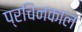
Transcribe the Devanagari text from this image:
प्रचिनकाल